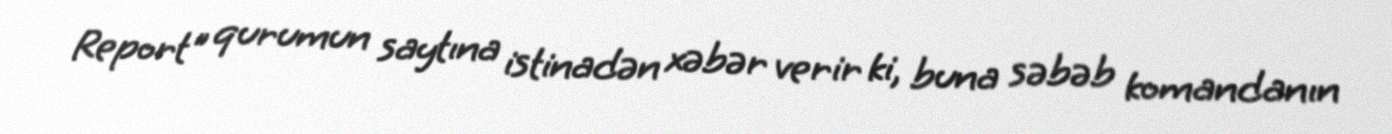
Report" qurumun saytına istinadən xəbər verir ki, buna səbəb komandanın